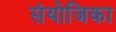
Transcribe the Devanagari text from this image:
संयोजिका